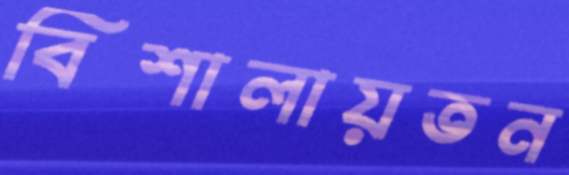
বিশালায়তন